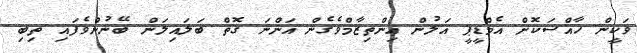
ވަކީން ހާއްސަކޮށް އެމްޑީޕީ އަލުން އިންތިޒާމްވެގެން އަންނަ ގޮތް ބަލައިލަން ބޭނުންވެފައި ތިބި